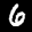
Label: 6